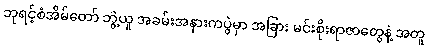
ဘုရင့်စံအိမ်တော် ဘွဲ့ယူ အခမ်းအနားကပွဲမှာ အခြား မင်းစိုးရာဇာတွေနဲ့ အတူ